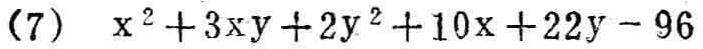
\((7)\ x^{2}+3xy + 2y^{2}+10x + 22y-96\)